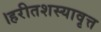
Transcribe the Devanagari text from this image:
।हरीतशस्यावृत्त